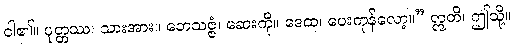
ငါ၏။ ပုတ္တဿ၊ သားအား။ ဘေသဇ္ဇံ၊ ဆေးကို။ ဒေထ၊ ပေးကုန်လော့။” ဣတိ၊ ဤသို့။